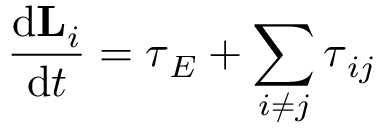
{ \frac { \mathrm { d } \mathbf { L } _ { i } } { \mathrm { d } t } } = { \boldsymbol { \tau } } _ { E } + \sum _ { i \neq j } { \boldsymbol { \tau } } _ { i j }